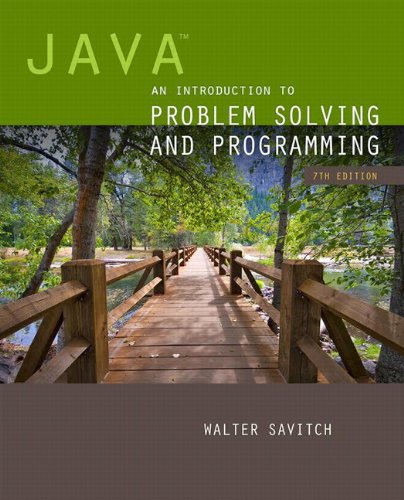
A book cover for Java: An Introduction to Problem Solving and Programming (7th Edition); Walter Savitch; Computers & Technology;